Report of the Imperial Institute of Veterinary Research, Muktesar
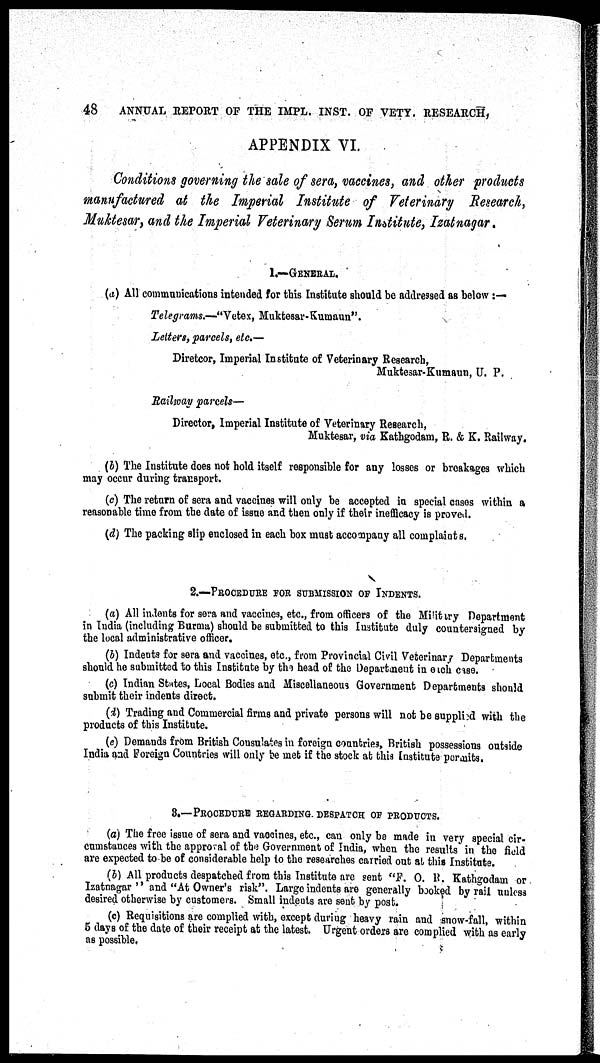
48
ANNUAL REPORT OF THE IMPL. INST. OF VETY. RESEARCH,
APPENDIX VI.
Conditions governing the sale of sera, vaccines, and other products
manufactured at the Imperial Institute of Veterinary Research,
Muktesar, and the Imperial Veterinary Serum Institute, Izatnagar.
1.—GENERAL.
(a) All communications intended for this Institute should be addressed as below :—
Telegrams.—"Vetex, Muktesar-Kumaun".
Letters, parcels, etc.—
Diretcor, Imperial Institute of Veterinary Research,
Muktesar-Kumaun, U. P.
Railway parcels—
Director, Imperial Institute of Veterinary Research,
Muktesar, via Kathgodam, R. & K. Railway.
(b) The Institute does not hold itself responsible for any losses or breakages which
may occur during transport.
(c) The return of sera and vaccines will only be accepted in special cases within a
reasonable time from the date of issue and then only if their inefficacy is proved.
(d) The packing slip enclosed in each box must accompany all complaints.
2.—PROCEDURE FOR SUBMISSION OF INDENTS.
(a) All indents for sera and vaccines, etc., from officers of the Military Department
in India (including Burma) should be submitted to this Institute duly countersigned by
the local administrative officer.
(b) Indents for sera and vaccines, etc., from Provincial Civil Veterinary Departments
should he submitted to this Institute by the head of the Department in each case.
(c) Indian States, Local Bodies and Miscellaneous Government Departments should
submit their indents direct.
(d) Trading and Commercial firms and private persons will not be supplied with the
products of this Institute.
(e) Demands from British Consulates in foreign countries, British possessions outside
India and Foreign Countries will only be met if the stock at this Institute permits.
3.—PROCEDURE REGARDING. DESPATCH OF PRODUCTS.
(a) The free issue of sera and vaccines, etc., can only be made in very special cir-
cumstances with the approval of the Government of India, when the results in the field
are expected to be of considerable help to the researches carried out at this Institute.
(b) All products despatched from this Institute are sent "F. O. R. Kathgodam or
Izatnagar " and "At Owner's risk". Large indents are generally booked by rail unless
desired otherwise by customers. Small indents are sent by post.
(c) Requisitions are complied with, except during heavy rain and snow-fall, within
5 days of the date of their receipt at the latest. Urgent orders are complied with as early
as possible.